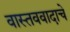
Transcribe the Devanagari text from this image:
वास्तववादाचे